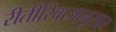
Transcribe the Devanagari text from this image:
रीतीरिवाजानुसार